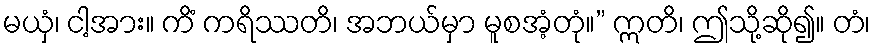
မယှံ၊ ငါ့အား။ ကိံ ကရိဿတိ၊ အဘယ်မှာ မူစအံ့တုံ။” ဣတိ၊ ဤသို့ဆို၍။ တံ၊